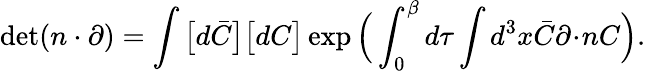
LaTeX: \operatorname*{det}(n\cdot\partial)=\int\big[d\bar{C}\big]\big[dC\big]\exp\Big(\int_{0}^{\beta}d\tau\int d^{3}x\bar{C}\partial\! \cdot\! nC\Big).